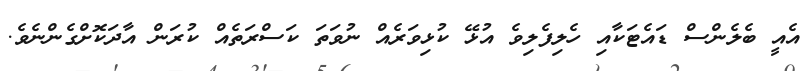
އެއީ ބެލެންސް ޑައެޓަކާއި ހެލިފެލިވެ އުޅޭ ކުޅިވަރެއް ނުވަތަ ކަސްރަތެއް ކުރަން އާދަކޮށްގެންނެވެ.